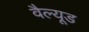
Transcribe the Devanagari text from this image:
वैल्यूड